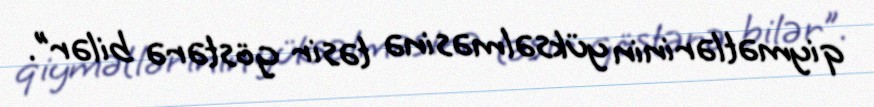
qiymətlərinin yüksəlməsinə təsir göstərə bilər”.